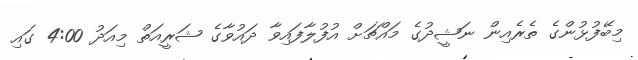
މިބޭފުޅުންގެ ތެރެއިން ނަޝީދުގެ މައްޗަށް އުފުލާފައިވާ ދައުވާގެ ޝަރީއަތް މިއަދު 4:00 ގައި